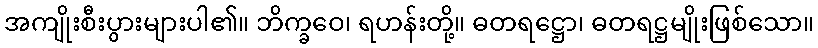
အကျိုးစီးပွားများပါ၏။ ဘိက္ခဝေ၊ ရဟန်းတို့။ ဓတရဋ္ဌော၊ ဓတရဋ္ဌမျိုးဖြစ်သော။